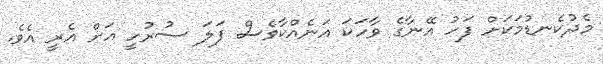
މެދުކެނޑުމަކަށް ފަހު އޭނާގެ ވާހަކަ އަނެއްކާވެސް ފަލަ ސުރުހީ އަށް އެރީ އެވެ.